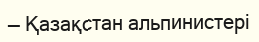
— Қазақстан альпинистері